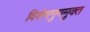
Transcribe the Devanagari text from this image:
विशेषगुणमुक्त